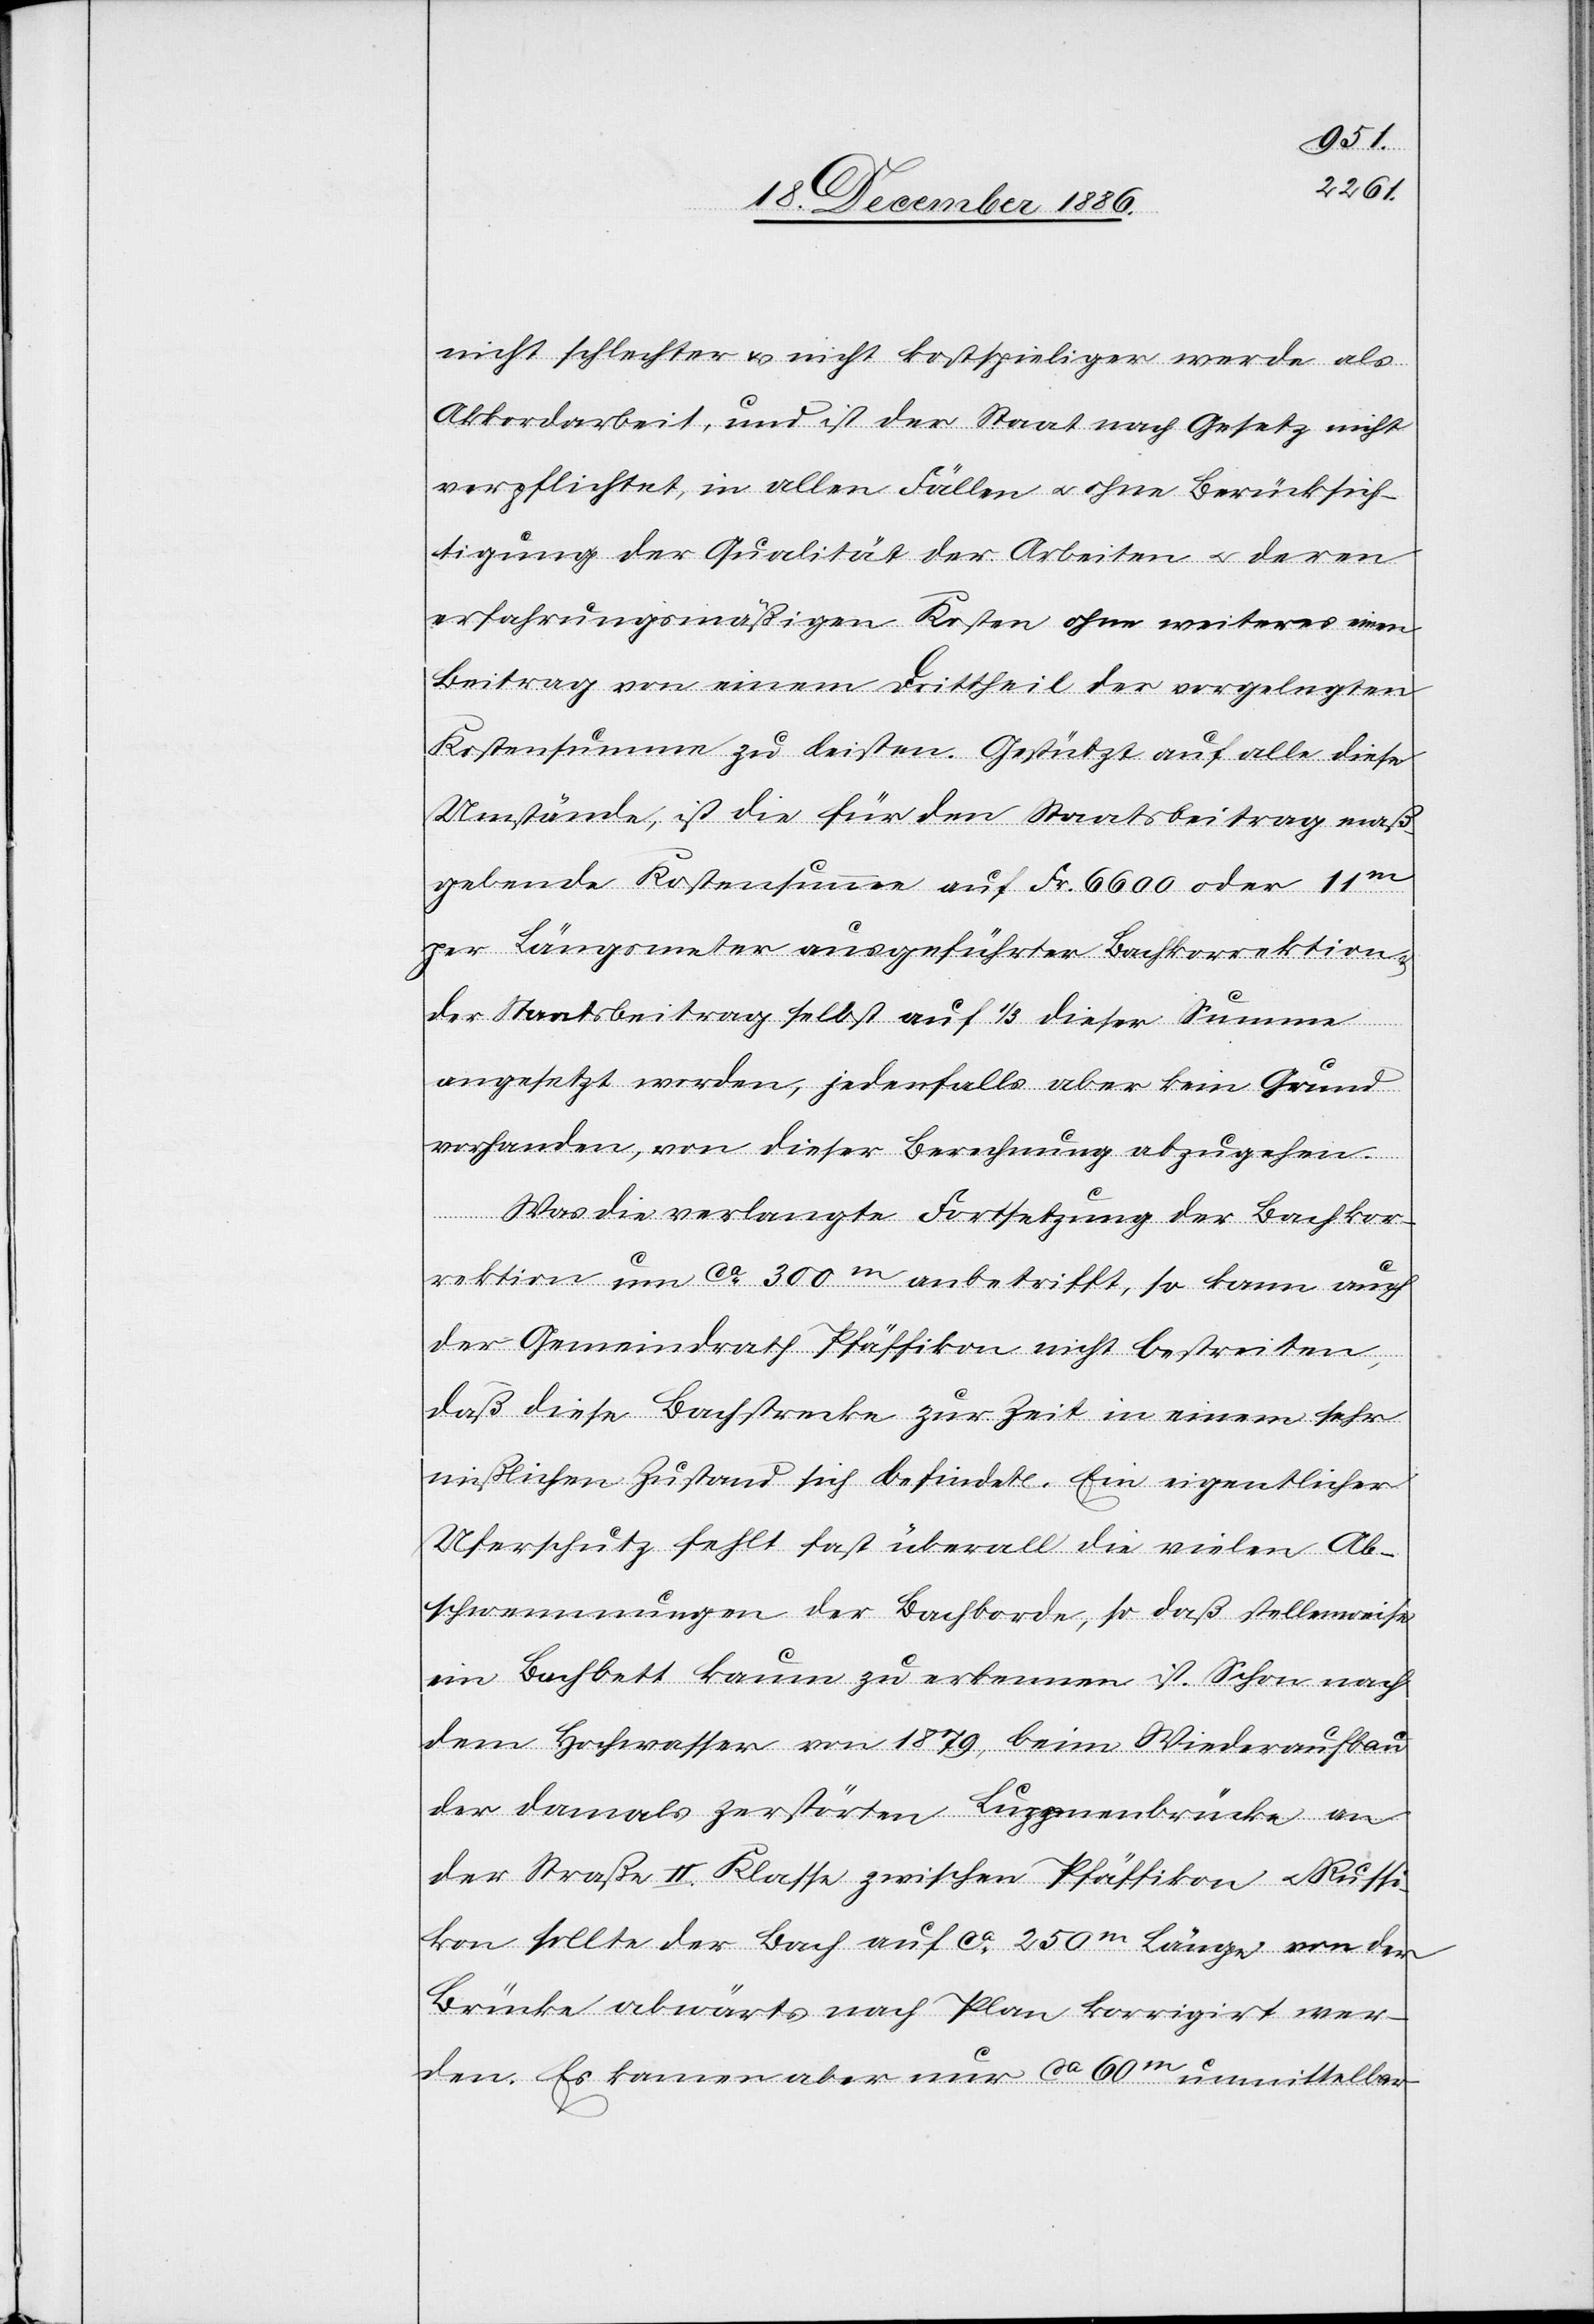
nicht schlechter & nicht kostspieliger werde als
Akkordarbeit, und ist der Staat nach Gesetz nicht
verpflichtet, in allen Fällen & ohne Berücksich¬
tigung der Qualität der Arbeiten & deren
erfahrungsmäßigen Kosten ohne weiteres einen
Beitrag von einem Drittheil der vorgelegten
Kostensumme zu leisten. Gestützt auf alle diese
Umstände, ist die für den Staatsbeitrag maß¬
gebende Kostensumme auf Fr. 6600 oder 11m
per Längsmeter ausgeführter Bachkorrektion
der Staatsbeitrag selbst auf 1/3 dieser Summe
angesetzt worden, jedenfalls aber kein Grund
vorhanden, von dieser Berechnung abzugehen.
Was die verlangte Fortsetzung der Bachkor¬
rektion um ca 300m anbetrifft, so kann auch
der Gemeindrath Pfäffikon nicht bestreiten,
daß diese Bachstrecke zur Zeit in einem sehr
mißlichen Zustand sich befindet. Ein eigentlicher
Uferschutz fehlt fast überall die vielen Ab¬
schwemmungen der Bachborde [sic!], so daß stellenweise
ein Bachbett kaum zu erkennen ist. Schon nach
der damals zerstörten Luppmenbrücke an
der Straße II. Klasse zwischen Pfäffikon & Russi¬
kon sollte der Bach auf ca 250m Länge von der
Brücke abwärts nach Plan korrigirt wer¬
den. Es kamen aber nur ca 60m unmittelbar